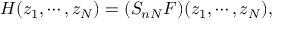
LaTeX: H ( z _ { 1 } , \cdots , z _ { N } ) = ( S _ { n N } F ) ( z _ { 1 } , \cdots , z _ { N } ) ,